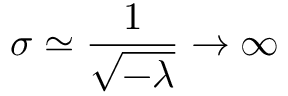
\sigma \simeq \frac { 1 } { \sqrt { - \lambda } } \rightarrow \infty